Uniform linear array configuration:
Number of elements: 24
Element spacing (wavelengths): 0.25
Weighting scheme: binomial
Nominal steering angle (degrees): -45
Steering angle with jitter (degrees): -43.728
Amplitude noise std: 0.05
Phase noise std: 0.05

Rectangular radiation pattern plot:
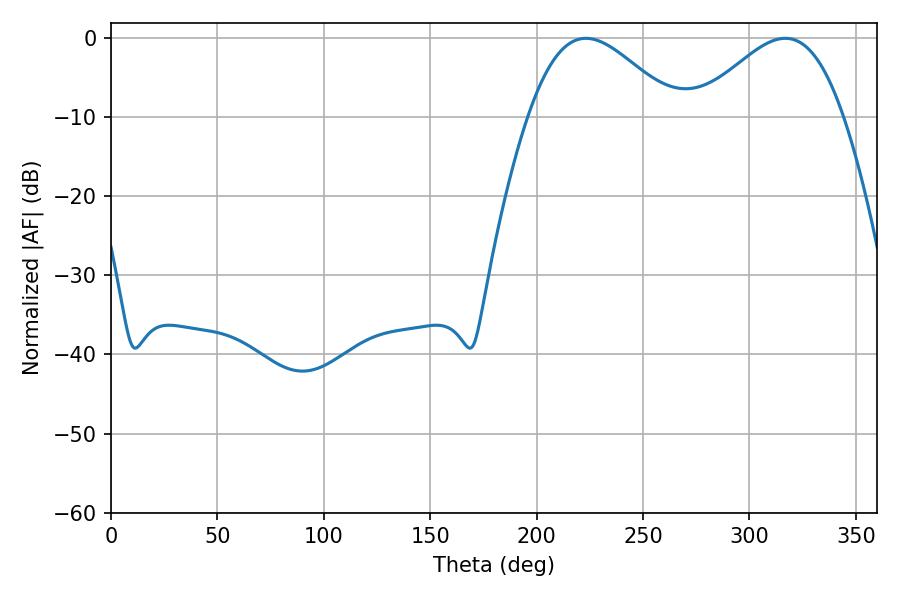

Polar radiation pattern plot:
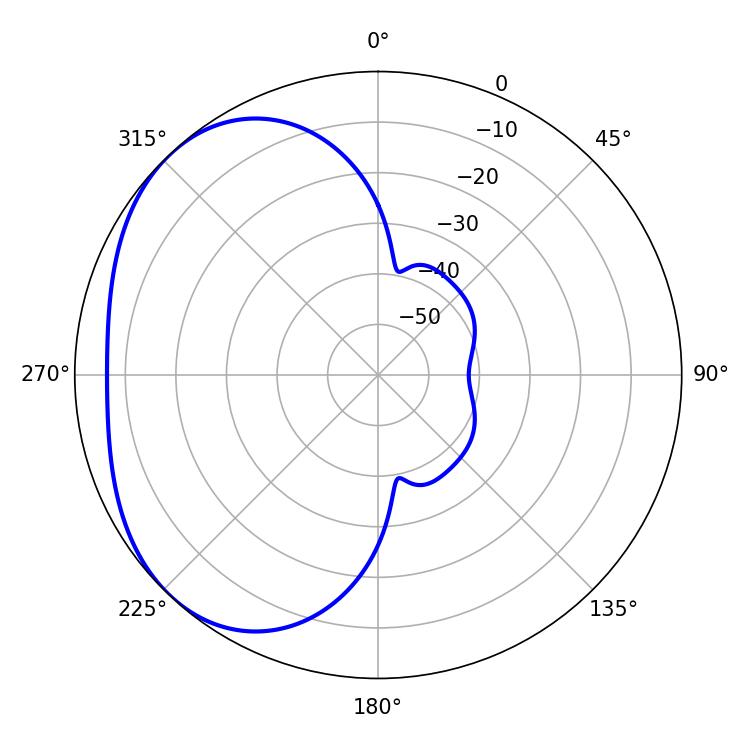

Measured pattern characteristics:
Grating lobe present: FALSE
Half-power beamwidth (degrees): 37.08
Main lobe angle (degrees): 316.8